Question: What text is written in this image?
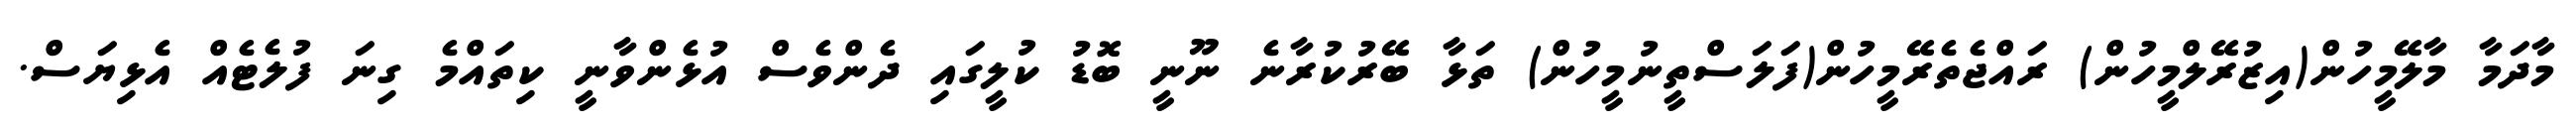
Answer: މާދަމާ މާލޭމީހުން(އިޒުރޭލްމީހުން) ރައްޖެތެރޭމީހުން(ފަލަސްތީނުމީހުން) ތަޅާ ބޭރުކުރާނެ ނޫނީ ބޮޑު ކުލީގައި ދެންވެސް އުޅެންވާނީ ކިތައްމެ ގިނަ ފުލެޓެއް އެޅިޔަސް.